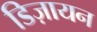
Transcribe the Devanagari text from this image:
डिज़ायन